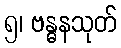
၅၊ ဗန္ဓနသုတ်